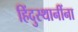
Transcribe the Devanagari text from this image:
हिंदुस्थानींना